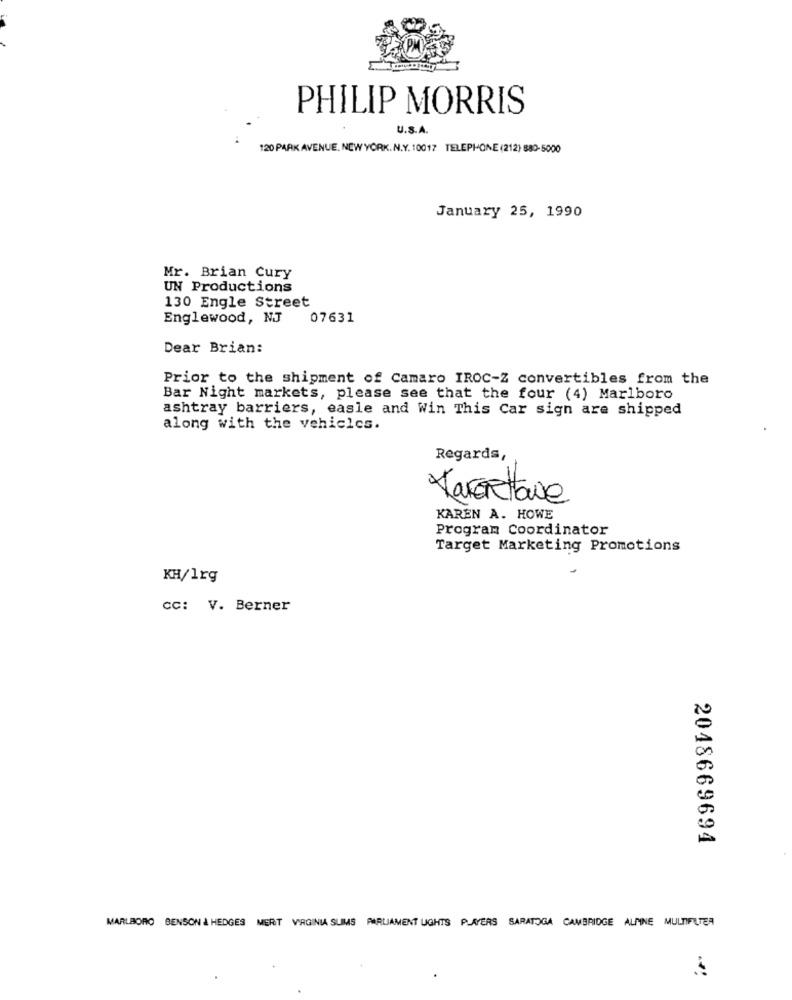
PHILIP MORRIS
U.S.A.
120 PARK AVENUE, NEW YORK. N.Y. 10017 TELEPHONE (212) 880-5000
January 25, 1990
Mr. Brian Cury
UN Productions
130 Engle Street
Englewood, NJ
07631
Dear Brian:
Prior to the shipment of Camaro IROC-Z convertibles from the
Bar Night markets, please see that the four (4) Marlboro
ashtray barriers, easle and Win This Car sign are shipped
along with the vehicles.
Regards,
Varerettane
KAREN A. HOWE
Program Coordinator
Target Marketing Promotions
KH/Irg
CC: V. Berner
2048669694
MARLBORO BENSON & HEDGES MERT VIRGINIA SUIMS PARLIAMENT LIGHTS PLAYERS SARATOGA CAMBRIDGE ALMNE MULTIFILTER